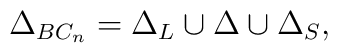
\Delta _{BC_{n}}=\Delta _{L}\cup \Delta \cup \Delta _{S},